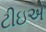
ટીઇએ